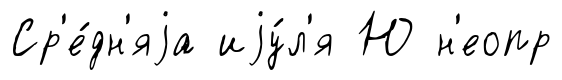
Ср'е́дн'яjа иjу́л'я Ю н'еопр